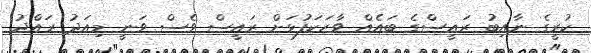
ކުރީގެ ނާއިބު ރައީސްގެ ބައެއް ވާހަކަފުޅަށް ރައީސް ވެސް ވަނީ މިއަދު ރައްދު